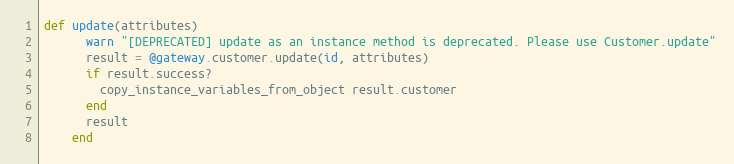
Language: Ruby
def update(attributes)
      warn "[DEPRECATED] update as an instance method is deprecated. Please use Customer.update"
      result = @gateway.customer.update(id, attributes)
      if result.success?
        copy_instance_variables_from_object result.customer
      end
      result
    end